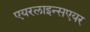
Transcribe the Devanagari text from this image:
एयरलाइन्सएयर